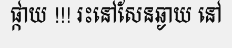
ផ្កាយ !!! រះនៅសែនឆ្ងាយ នៅ